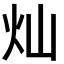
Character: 灿